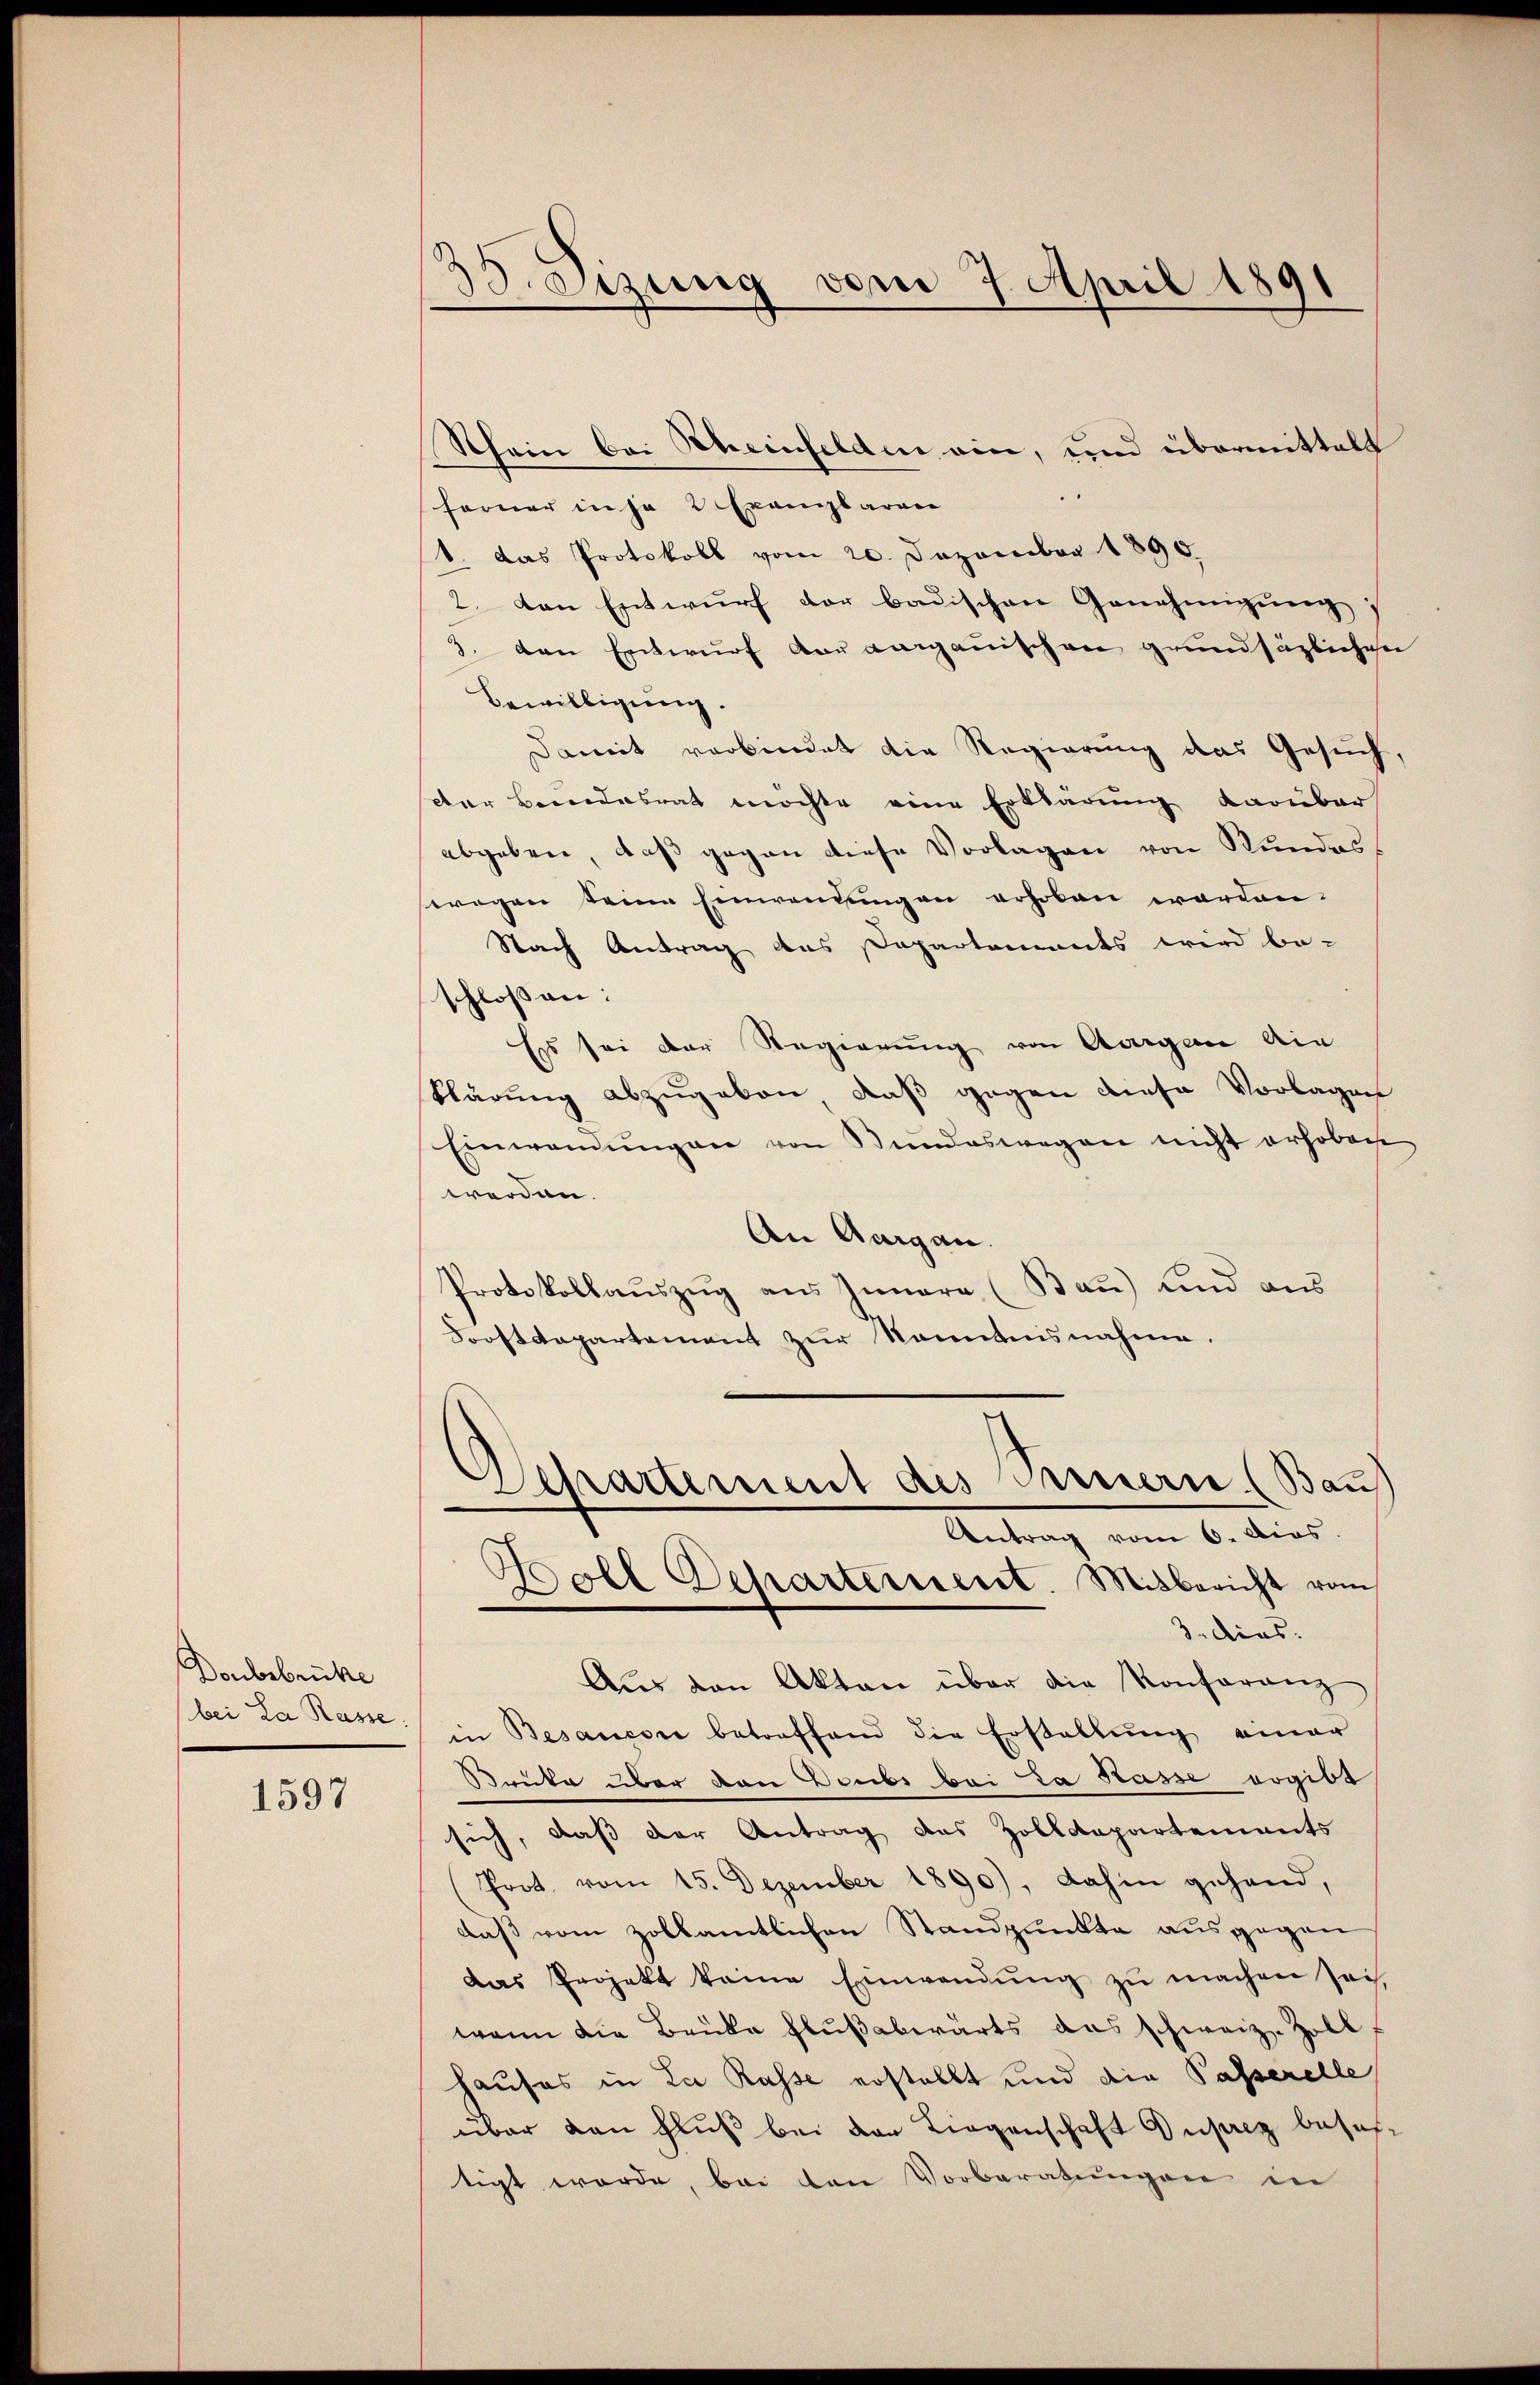
Donbsbrücke
bei La Rasse:

1597

38. Sizung vom 7. April 1891

Rhein bei Scheinfelden ein, und übermittelt
ferner in je 2 Exemplaren
1. das Protokoll vom 20. Dezember 1890
2. Von Entwurf der badischen Genehmigung
3. den Entwurf der aargauischen grundsäzlichen
Bewilligung.
Damit verbindet die Regierung das Gesuch,
Der Beendesrath möchte eine Erklärung darüber
abgeben, daß gegen diese Vorlagen von Bundeswegen seine Einwendungen erhoben worden.
Nach Antrag des Departamts wird be-
schlossen:
Es sei der Regierung von Aargau die
klärung abzugeben, daß gegen diese Vorlagen
Einwanŭngen von Bundeswegen nicht erhoben
werden.
An Aargau.
Protokollauszug aus Innere (Bau) und aus
Forstdepartement zur Kenntnisnahme.

Departement des Treuern (Bau
Antrag vom 6. dies
Boll Scharternent. Misbericht vom
3. dies

Aŭs den Akten über die Konferanz
in Besaucon betreffend die Erstellung einer
Brücke über den Deubs bei La Rasse ergibt
sich, dass der Antrag das Zolldepartements
Prot. vom 15. Dezember 1890), dahin gehand,
daß vom zollamtlichen Standpunkte ausgegen
Das Projekt keine Einwendŭng zŭ machen sei.
wenn die Bauke Flußabwärts das schweiz. Zoll,
hauses in La Rasse erstellt und die Passerelle
über den Fluß bei der Liegenschaft Zustiz besastigt werde, bei den Vorberatungen in